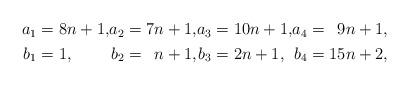
LaTeX: \begin{align*}\begin{alignedat}{4}a_1&=8n+1, &a_2&=7n+1, &a_3&=10n+1, &a_4&=\phantom09n+1,\\b_1&=1, &b_2&=\phantom1n+1, &b_3&=2n+1, &b_4&=15n+2,\end{alignedat}\end{align*}